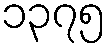
၁၃၇၅